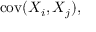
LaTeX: \operatorname { c o v } ( X _ { i } , X _ { j } ) ,